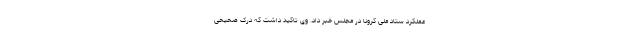
عملکرد ستاد ملی کرونا در مجلس خبر داد. وی تاکید داشت که درک صحیحی